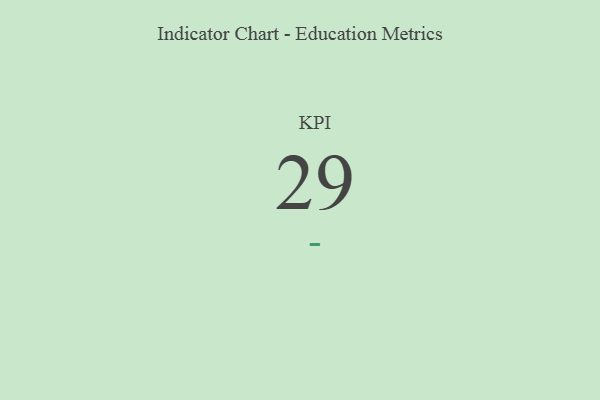
{"axis": {"x": "KPI", "y": "Value"}, "legend": [""], "data": [{"x": "KPI", "y": 29, "type": ""}]}